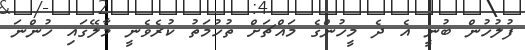
ފުލުހުން ބުނީ އެ ދެ މީހުންގެ މައްޗަށް ތުހުމަތު ކުރެވެނީ މާލޭގައި ހުންނަ